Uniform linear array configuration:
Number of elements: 64
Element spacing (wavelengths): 0.5
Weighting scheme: uniform
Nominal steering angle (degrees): -45
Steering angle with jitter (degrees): -44.166
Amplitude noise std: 0.05
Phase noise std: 0.05

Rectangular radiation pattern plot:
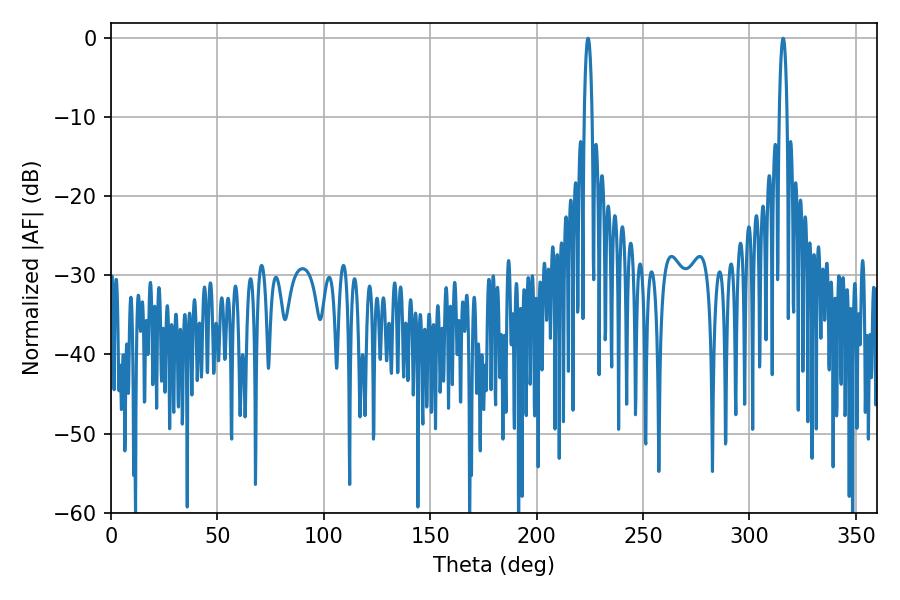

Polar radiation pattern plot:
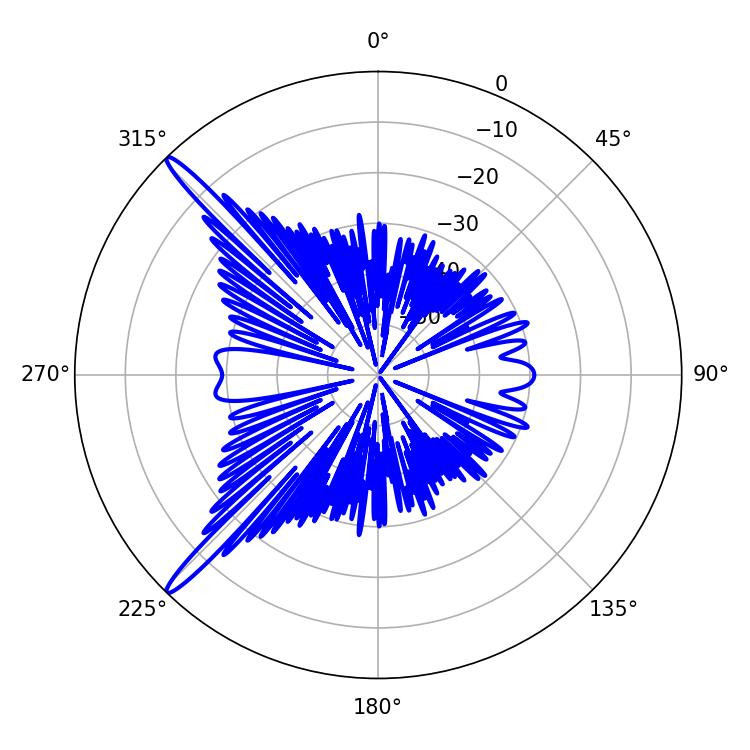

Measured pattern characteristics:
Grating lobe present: FALSE
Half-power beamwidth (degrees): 1.98
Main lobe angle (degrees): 315.9